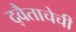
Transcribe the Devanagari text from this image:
द्वैताचेची